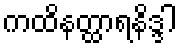
ကထိနတ္ထာရနိဒ္ဒါ